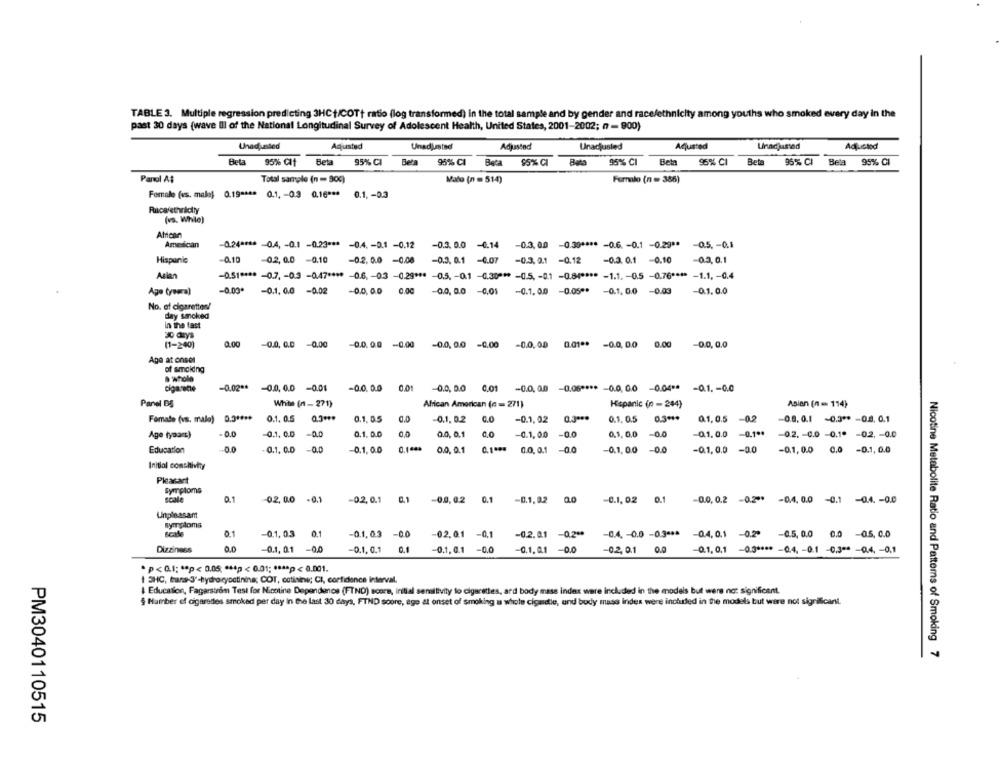
TABLE 3. Multiple regression predicting 3HCt/COTt ratio (log transformed) in the total sample and by gender and race/ethnicity among youths who smoked every day in the
past 30 days (wave Il of the National Longitudinal Survey of Adolescent Health, United States, 2001-2002; n - 900)
Unadaasted
Aqjusted
Adjusted
Unadjusted
Unadjusted
Adjusted
Unadjusted
Adjusted
Beta
Beta
95% CI
Beta
95% CI
96% CI
Bete
96% CI
Bela
95% CI
95% CIt
95% CI
Beta $5% CI
Beta
Beta
Pandi A$
Total sample (n = 90℃)
Mato (n = 514)
Femalo (n = 386)
Female (vs. malej 0.19 **** 0.1, - 0.3 0.16 *** 0.1 ,- 0.3
Racerethnicity
(vs. While)
African
American
-0.24 **** - 0.4, - 0.1 -0.23 *** - 0.4, - 0.1 -0.12
-0.3. 0.0 -0.14 -0.3. 00 -0.39 **** - 0.6. - 0.1 -0.29 ** - 0.5 .- 0.1
Hispanic
-0.10 -02, 0.0 -0.10
-0.2.0.0 -0.08 -0.3. 0.1 -0.07 -0.3. 0.1 -0.12
-0.3. 0.1 -0.10
-0.3, 0.1
Aslan
-0.51 **** - 0.7, - 0.3 -0.47 **** - 0.6. - 03 -0.29 *** - 0.5. - 0.1 -0.30 *** - 0.5, - 0.1 -0.8( **** - 1.1. - 0.5 -0.76 **** - 1.1 ,- 0.4
-0.00*
Ago typera)
-0.1. 0.0 -0.02
-0.0.0.0 0.00
-0.0, 0.0 -0.01
-0.1. 0.0 -0.05"* - 0.1.0.0 -0.03
-0.1.0.0
No. of cigarettes!
day smoked
in the fast
30 days
-0.0. C.D
-0.00
-0.0.0.0
-0.00
-0.0.0.0
0.00
(1-200)
-0.0. 0.0 -0.00
-0.0.00
0.01 **
-0.0.0.0
Age at onsel
of smakding
a whole
cigarane
-0.02 ** - 0.0. 0.0 -0.01
-0.0.0.0 0.01 -0.0. 0.0 0.01 -0.0.0.0 -0.06 **** - 0.0.0.0 -0.04 ** - 0.1 .- 0.0
Panel DS
White (1- 271)
African American (n = 271)
Hispanic (0 - 244)
Asian (n = 114)
Formato (vs. mala) 0.3 ****
0.1. 0.5 0.3 ***
0.1. 0.5
0.0
-0.1. 0.2 0.0 -0.1, 02 0.3 ***
0.1. 0.5 0.3 ***
0.1,0.5 -0.2
-0.8.0.1 -0.3 ** - 0.8. 0.1
Age tyaarc)
0.0
-0.1. C.D -0.0
0.1. 0.0
0.0
0.0. 0.1 0.0
-0.1,00 -0.0
0.5, 0,0 -0.0
-0.1.0.0 -0.1 **
-0.2. - 0.0 -0.1" -0.2. - 0.0
Education
00
0.1. 0.0 -0.0
-0.1.0.0
0.144*
0.0. 0.1 0.1 *** 0.0.0.1 -0.0
-0.1,00 -0.0
-0.1.0.0 -0.0
-0.1, 0.0 0.0 -0.1. 0.0
Initial comchtivity
Pleasant
Symptoms
scale
0.1
02.0.0
-0.1
-0.2,0.1
0.1
-0.0. 0.2
0.1
-0.1.02
-0.1. 02
0.1
-0.0.0.2
-0.2ºº -0.4. 0.0 -0.1 -0.4 .- 0.0
Unpleasant
symptoms
Scale
0.1
-0.2.0.1 -0.2 **
-0.1.0.3 0.1
0.1,03 -0.0
02.0.1 -0,1
-0.4. - 0.0 -0.3 *** - 0.4,0.1 -0.2º -0.5, 0.0 0.0 -0.5. 0.0
Dizziness
00
-0.1. 0.1 -0.0
-0.1. 0.1
0.1
-0.1. 0.1
-0.0
0.1. 0.1
-0.0
-0.2. 0.1
O.
-0.1, 0,1 -0.3 **** - 0.4, - 0.1 -0,3 ** - 0.4, - 0,1
*p<0.1; sep< 0.05; *** p < 0.01; **** p < 0.001.
1 3HC, hans-3'-hydro cyoctining; COT, catisiee; CI, confidence interval.
Education, Fagarstrom Test for Nicotine Dependenos (FTND) score, initial sensitivity to cigarettes, ard body mass index were included in the models but were not significant.
§ Number of cigarettes smoked per day in the last 30 days, FTND score, ego at onset of Smoking a whole cigmetle, and body mass index were inchiled in the models but were not significant.
Nicotine Metabolite Ratio and Patterns of Smoking 7
PM3040110515